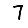
Digit: 7